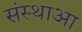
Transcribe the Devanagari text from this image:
संस्थाआ